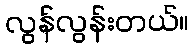
လွန်လွန်းတယ်။